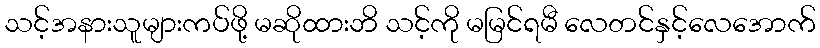
သင့်အနားသူများကပ်ဖို့ မဆိုထားဘိ သင့်ကို မမြင်ရမီ လေတင်နှင့်လေအောက်